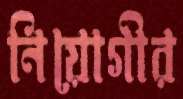
নিয়োগীর